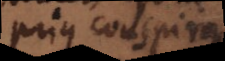
prius conspirant